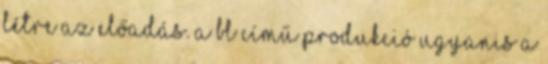
létre az előadás. A BL című produkció ugyanis a